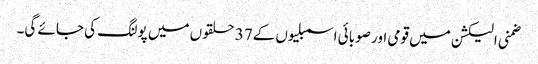
ضمنی الیکشن میں قومی اور صوبائی اسمبلیوں کے37 حلقوں میں پولنگ کی جائے گی۔